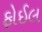
ફોઈલ